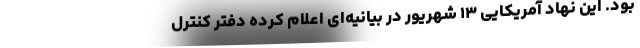
بود. این نهاد آمریکایی ۱۳ شهریور در بیانیه‌ای اعلام کرده دفتر کنترل